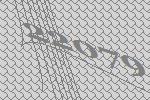
22079